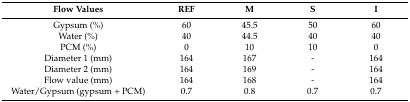
<table><thead><tr><td><b>Flow Values</b></td><td><b>REF</b></td><td><b>M</b></td><td><b>S</b></td><td><b>I</b></td></tr></thead><tbody><tr><td>Gypsum (%)</td><td>60</td><td>45.5</td><td>50</td><td>60</td></tr><tr><td>Water (%)</td><td>40</td><td>44.5</td><td>40</td><td>40</td></tr><tr><td>PCM (%)</td><td>0</td><td>10</td><td>10</td><td>0</td></tr><tr><td>Diameter 1 (mm)</td><td>164</td><td>167</td><td>-</td><td>164</td></tr><tr><td>Diameter 2 (mm)</td><td>164</td><td>169</td><td>-</td><td>164</td></tr><tr><td>Flow value (mm)</td><td>164</td><td>168</td><td>-</td><td>164</td></tr><tr><td>Water/Gypsum (gypsum + PCM)</td><td>0.7</td><td>0.8</td><td>0.7</td><td>0.7</td></tr></tbody></table>